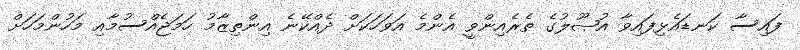
ފައިސާ ކަނޑައެޅިފައިވާ އުޞޫލުގެ ތެރެއިންވީ އެންމެ އަވަހަކަށް ދެއްކޭނެ އިންތިޒާމު ހަމަޖެއްސުމާއި މަހުންމަހަށް